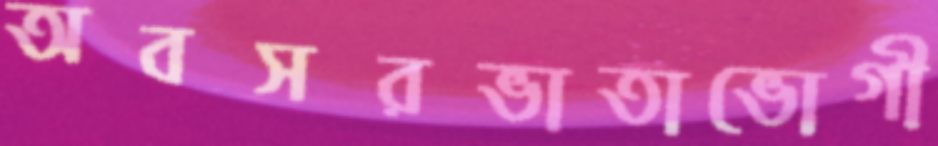
অবসরভাতাভোগী